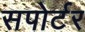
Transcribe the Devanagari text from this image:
सपोर्टर